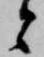
と